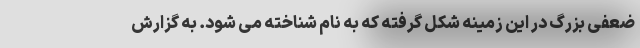
ضعفی بزرگ در این زمینه شکل گرفته که به نام شناخته می شود. به گزارش